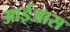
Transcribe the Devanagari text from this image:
आईआस